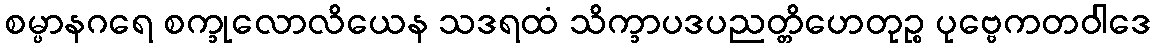
စမ္ပာနဂရေ စက္ခုလောလိယေန သဒရထံ သိက္ခာပဒပညတ္တိဟေတုဉ္စ ပုဗ္ဗေကတဝါဒေ